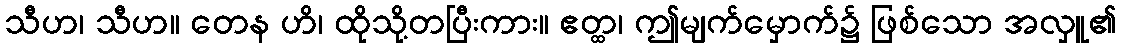
သီဟ၊ သီဟ။ တေန ဟိ၊ ထိုသို့တပြီးကား။ ဧတ္ထ၊ ဤမျက်မှောက်၌ ဖြစ်သော အလှူ၏